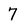
Character: 7